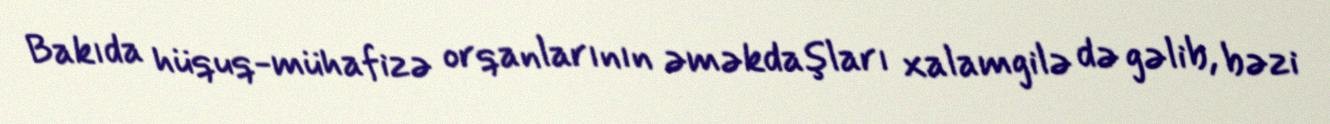
Bakıda hüquq-mühafizə orqanlarının əməkdaşları xalamgilə də gəlib, bəzi